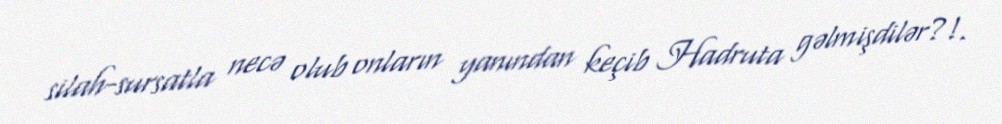
silah-sursatla necə olub onların yanından keçib Hadruta gəlmişdilər?!.